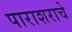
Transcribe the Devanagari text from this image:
पाराशराचे